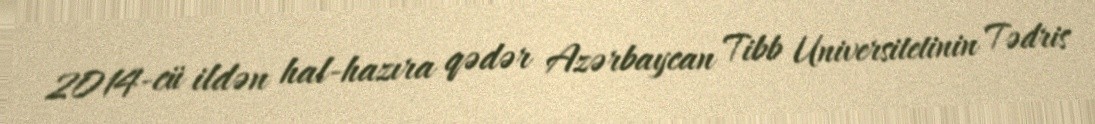
2014-cü ildən hal-hazıra qədər Azərbaycan Tibb Universitetinin Tədris